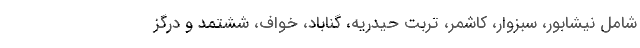
شامل نیشابور، سبزوار، کاشمر، تربت حیدریه، گناباد، خواف، ششتمد و درگز